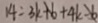
1 4 = 3 k + b + 4 k - b